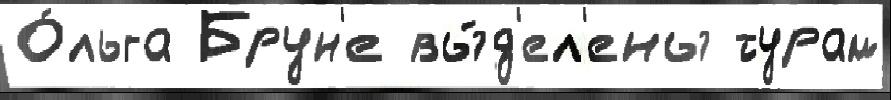
О́льга Брун'е вы́д'ел'ены турам